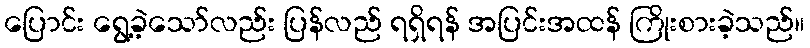
ပြောင်း ရွေ့ခဲ့သော်လည်း ပြန်လည် ရရှိရန် အပြင်းအထန် ကြိုးစားခဲ့သည်။